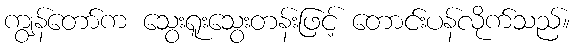
ကျွန်တော်က သွေးရူးသွေးတန်းဖြင့် တောင်းပန်လိုက်သည်။